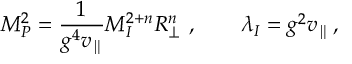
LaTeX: M _ { P } ^ { 2 } = \frac { 1 } { g ^ { 4 } v _ { \parallel } } M _ { I } ^ { 2 + n } R _ { \perp } ^ { n } \ , \qquad \lambda _ { I } = g ^ { 2 } v _ { \parallel } \, ,